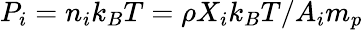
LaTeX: P_{i}=n_{i}k_{B}T=\rho X_{i}k_{B}T/A_{i}m_{p}